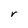
Character: r